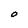
Character: O